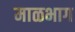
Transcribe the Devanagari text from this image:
माळभाग